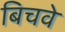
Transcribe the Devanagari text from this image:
बिचवे